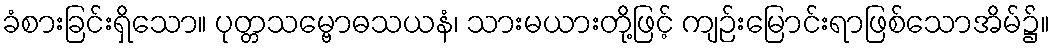
ခံစားခြင်းရှိသော။ ပုတ္တသမ္ဗောဓသယနံ၊ သားမယားတို့ဖြင့် ကျဉ်းမြောင်းရာဖြစ်သောအိမ်၌။